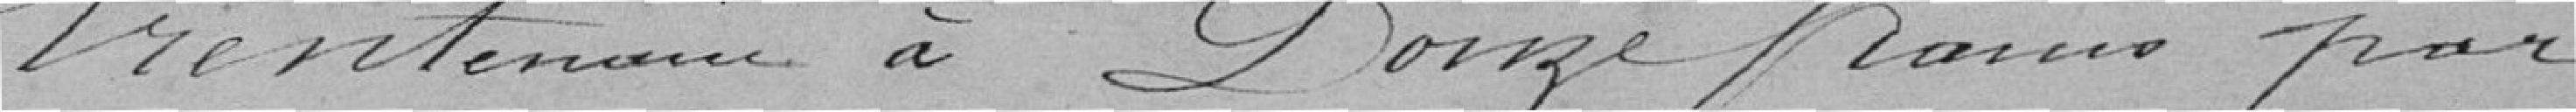
trentenaire à Douze francs par